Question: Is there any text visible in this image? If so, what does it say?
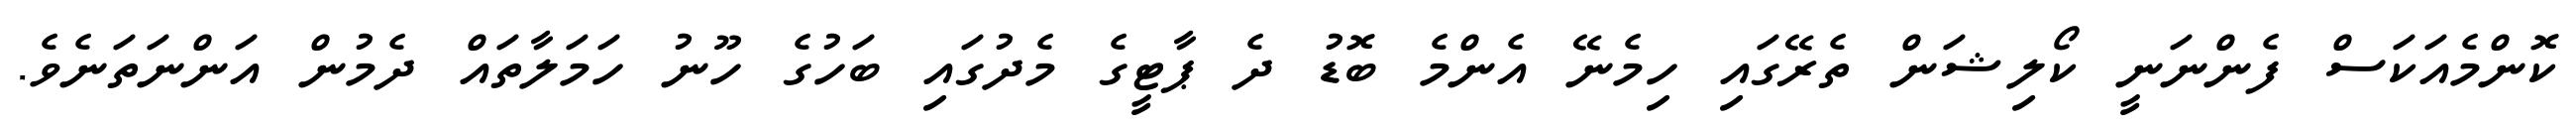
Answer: ކޮންމެއަކަސް ފެންނަނީ ކޯލިޝަން ތެރޭގައި ހިމެނޭ އެންމެ ބޮޑު ދެ ޕާޓީގެ މެދުގައި ބަހުގެ ހޫނު ހަމަލާތައް ދެމުން އަންނަތަނެވެ.